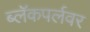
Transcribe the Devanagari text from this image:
ब्लॅकपर्लवर